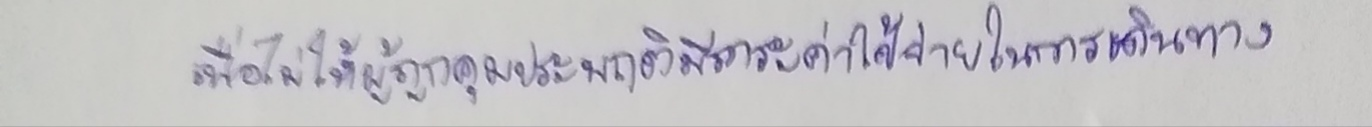
เพื่อไม่ให้ผู้ถูกคุมประพฤติมีภาระค่าใช้จ่ายในการเดินทาง